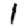
Digit: 1